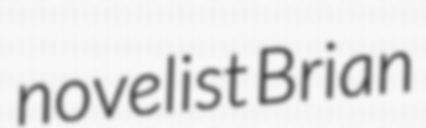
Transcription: novelist Brian